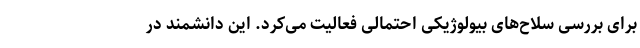
برای بررسی سلاح‌های بیولوژیکی احتمالی فعالیت می‌کرد. این دانشمند در